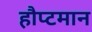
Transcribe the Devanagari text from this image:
हौप्टमान